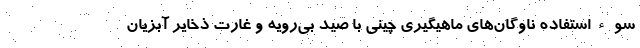
سوءاستفاده ناوگان‌های ماهیگیری چینی با صید بی‌رویه و غارت ذخایر آبزیان